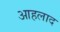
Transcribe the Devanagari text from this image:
आहलाद